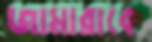
জামারাকে